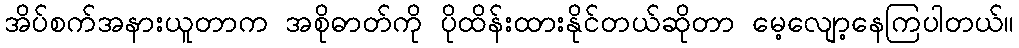
အိပ်စက်အနားယူတာက အစိုဓာတ်ကို ပိုထိန်းထားနိုင်တယ်ဆိုတာ မေ့လျော့နေကြပါတယ်။